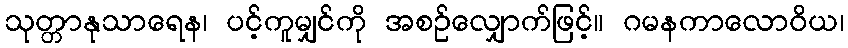
သုတ္တာနုသာရေန၊ ပင့်ကူမျှင်ကို အစဉ်လျှောက်ဖြင့်။ ဂမနကာလောဝိယ၊